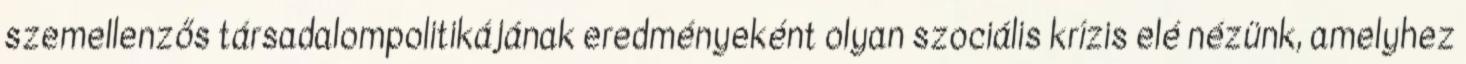
szemellenzős társadalompolitikájának eredményeként olyan szociális krízis elé nézünk, amelyhez